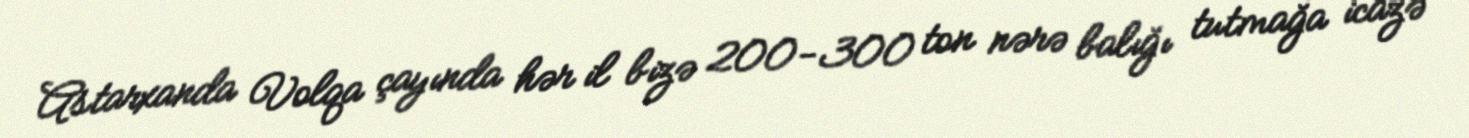
Astarxanda Volqa çayında hər il bizə 200-300 ton nərə balığı tutmağa icazə